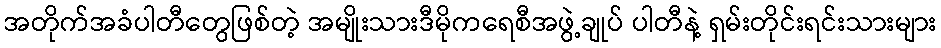
အတိုက်အခံပါတီတွေဖြစ်တဲ့ အမျိုးသားဒီမိုကရေစီအဖွဲ့ချုပ် ပါတီနဲ့ ရှမ်းတိုင်းရင်းသားများ